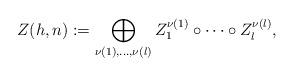
LaTeX: \begin{align*}Z(h,n):=\bigoplus_{\nu(1),\dots,\nu(l)} Z^{\nu(1)}_1\circ \dots\circ Z^{\nu(l)}_l,\end{align*}